Medical and sanitary report of the native army of Madras for the year
Year: 1875
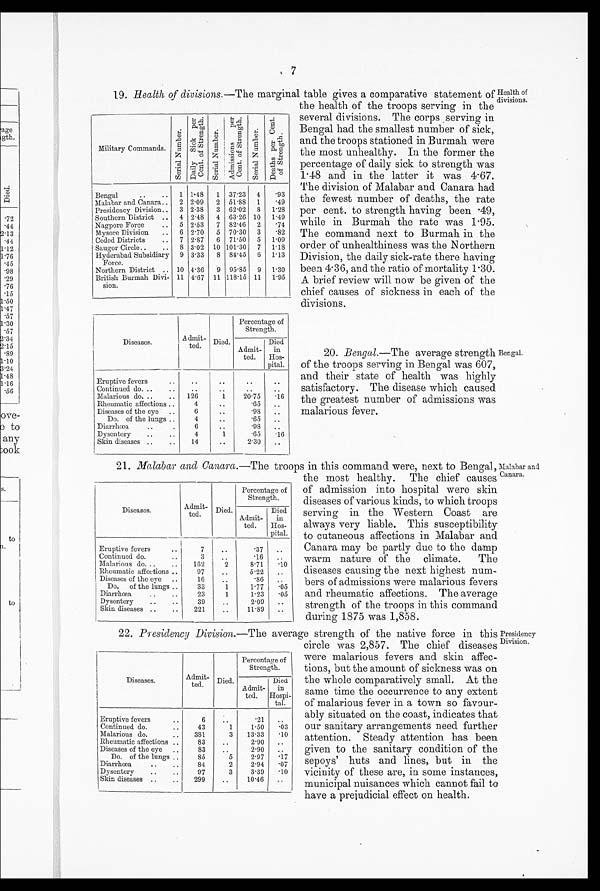
7
Health of divisions.—The marginal table gives a comparative statement of Health of
divisions.
19.
Military Commands.
S e r i a l N u m b e r .
D a i l y S i c k p e r c e n t o f S t r e n g t h .
S e r i a l N u m b e r .
A d m i s s i o n p e r c e n t o f s t r e n g t h .
S e r i a l N u m b e r .
D e a t h s p e r c e n t S t r e n g t h .
Bengal
..
.. 1 1.48
1 37.23 4
.93
Malabar and Canara..
2 2.09
2 51.88 1
.49
Presidency Division.. 3 2.38
3 62.02 8 1.28
Southern District .. 4 2.48
4 63.26 10 1.49
Nagpore Force
.. 5 2.53
7 82.46 2
.74
Mysore Division
.. 6 2.70
5 70.30 3
.82
Ceded Districts
.. 7 2.87
6 71.50 5 1.09
Saugor Circle..
.. 8 3.02 10 101.30 7 1.18
Hyderabad Subsidiary
Force.
9 3.33
8 84.45 6 1.13
Northern District .. 10 4.36
9 95.85 9 1.30
British Burmah Divi-
sion.
11 4.67 11 118.15 11 1.95
Diseases.
Admit
-
ted.
Died.
Percentage of
Strength.
Admit
-
ted.
Died
in
Hos
-
pital.
Eruptive fevers
..
7
..
Continued do. ..
..
. 3
. .
. .
. .
Malarious do. .
..
126
1
20.75
. 1 6
Rheumatic affections ..
4
..
.65
. .
Diseases of the eye ..
6
..
.98
. .
Do. of the lungs ..
..
.65
. .
Diarrhœa
...
6
..
.98
..
Dysentery
..
..
4
1
.65
.16
Skin diseases ..
..
1 4
..
2.30
. .
21.
Diseases.
Admit
-
ted.
Died.
Percentage of
Strength.
Admit
-
ted.
Died
in
Hos
-
pital.
Eruptive fevers..
7
..
.37
..
Continued do...
3
. .
.16
..
Malarious do. .
..
162
2
8.71
. 1 0
Rheumatic affections ..
97
..
5.22
..
Diseases of the eye ..
16
..
.86
.
Do. of the lungs ..
33
1
1.77
. 0 5
Diarrhœa
..
..
23
1
1.23
. 0 5
Dysentery
..
..
39
.
2.09
..
Skin diseases ..
..
221
..
11.89
..
22.
Diseases.
Admit
-
ted.
Died.
Percentage of
Strength.
Admit
-
ted.
Died
in
Hospi
-
tal.
Eruptive fevers..
6
..
. 2 1
Continued do...
4 3
1
1.50
.03
Malarious do.
..
381
3
13.33
. 1 0
Rheumatic affections ..
83
..
2.90
..
Diseases of the eye ..
83
..
2.90
..
Do. of the lungs ..
85
5
2.97
. 1 7
Diarrhœa
..
..
84
2
2.94
. 0 7
Dysentery
..
..
97
3
3.39
. 1 0
Skin diseases ..
..
299
..
10.46
..
the health of the troops serving in the
several divisions. The corps serving in
Bengal had the smallest number of sick,
and the troops stationed in Burmah were
the most unhealthy. In the former the
percentage of daily sick to strength was
1.48 and in the latter it was 4.67.
The division of Malabar and Canara had
the fewest number of deaths, the rate
per cent. to strength having been .49,
while in Burmah the rate was 1.95,
The command next to Burmah in the
order of unhealthiness was the Northern
Division, the daily sick-rate there having
been 4.36, and the ratio of mortality 1.30.
A brief review will now be given of the
chief causes of sickness in each of the
divisions.
20. Bengal.—The average strength
of the troops serving in Bengal was 607,
and their state of health was highly
satisfactory. The disease which caused
the greatest number of admissions was
malarious fever.
the most healthy. The chief causes
of admission into hospital were skin
diseases of various kinds, to which troops
serving in the Western Coast are
always very liable. This susceptibility
to cutaneous affections in Malabar and
Canara may be partly due to the damp
warm nature of the climate. The
diseases causing the next highest num-
bers of admissions were malarious fevers
and rheumatic affections. The average
strength of the troops in this command
during 1875 was 1,858.
circle was 2,657. The chief diseases
were malarious fevers and skin affec-
tions, but the amount of sickness was on
the whole comparatively small. At the
same time the occurrence to any extent
of malarious fever in a town so favour-
ably situated on the coast, indicates that
our sanitary arrangements need further
attention. Steady attention has been
given to the sanitary condition of the
sepoys' huts and lines, but in the
vicinity of these are, in some instances,
municipal nuisances which cannot fail to
have a prejudicial effect on health.
Malabar and Canara.— The troops in this command were, next to Bengal,
Presidency Division.-The average strength of the native force in this
Bengal.
Malabar and.
Canara.
Presidency
Division.